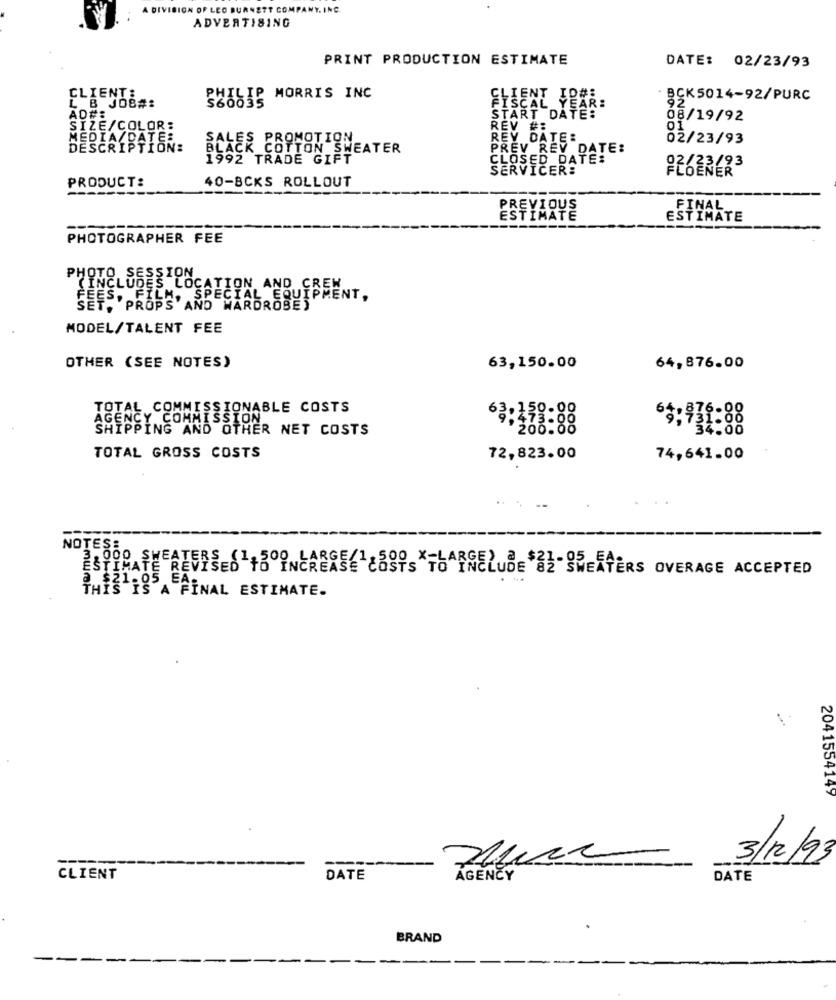
DIVISION OF LEO BURNETT COM
ADVERTISING
PRINT PRODUCTION ESTIMATE
DATE: 02/23/93
CLIENT:
L B JOB#:
SZILIP MORRIS INC
FISCAL YEAR:
BCK5014-92/PURC
AD#:
START DATE:
08/19/92
SIZE/COLOR:
REV #E.
01
MEDIA/BATER
SALES PROMOTION
REV DATE:
02/23/93
DESCRIPTION:
BLACK COTTON SWEATER
PREV REV DATE:
1992 TRADE GIFT
CLOSED_DATE:
SERVICER:
Ou
40-BCKS ROLLOUT
PRODUCT:
PREVIOUS
FINAL
ESTIMATE
ESTIMATE
PHOTOGRAPHER FEE
PHOTO SESSION
(INCLUDES LOCATION AND CREW
QUIPMENT,
ET, PROPS' AND WARDROBES
MODEL/TALENT FEE
OTHER (SEE NOTES)
63,150.00
64,876.00
TOTAL COMMISSIONABLE COSTS
AGENCY COMMISSION
SHIPPING AND OTHER NET COSTS
63:378:88
TOTAL GROSS COSTS
72,823.00
74,641.00
---
NOTES:
3,000 SHEATERS (1+500 LARGE!
INCREASE COSTS TO INCLUDE SZ SWEATERS OVERAGE ACCEPTED
@ $21.05 EA:
THIS IS A FINAL ESTIMATE.
2041554149
3/12/93
CLIENT
DATE
AGENCY
DATE
BRAND